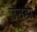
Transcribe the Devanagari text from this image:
उनहों